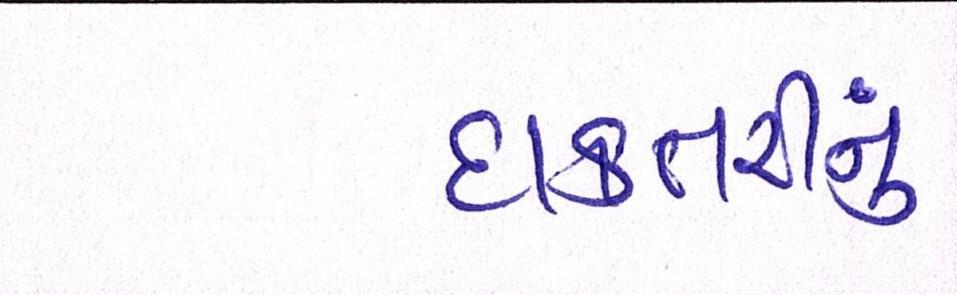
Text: દાક્તરીનું